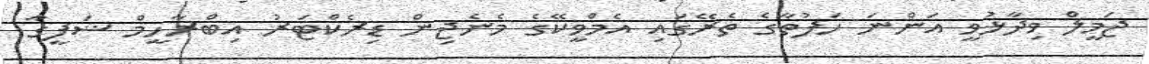
ޖަމީލް ވިދާޅުވީ އަންނަ ހަފުތާގެ ތެރޭގައި އެމްވީކޭގެ މެނެޖިން ޑިރެކްޓަރު އިބްރާހީމް ޝަފީގާ